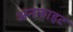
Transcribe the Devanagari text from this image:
अनफाइट